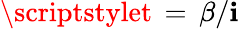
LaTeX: \scriptstylet\, =\, \beta/\mathbf{i}